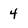
Character: 4